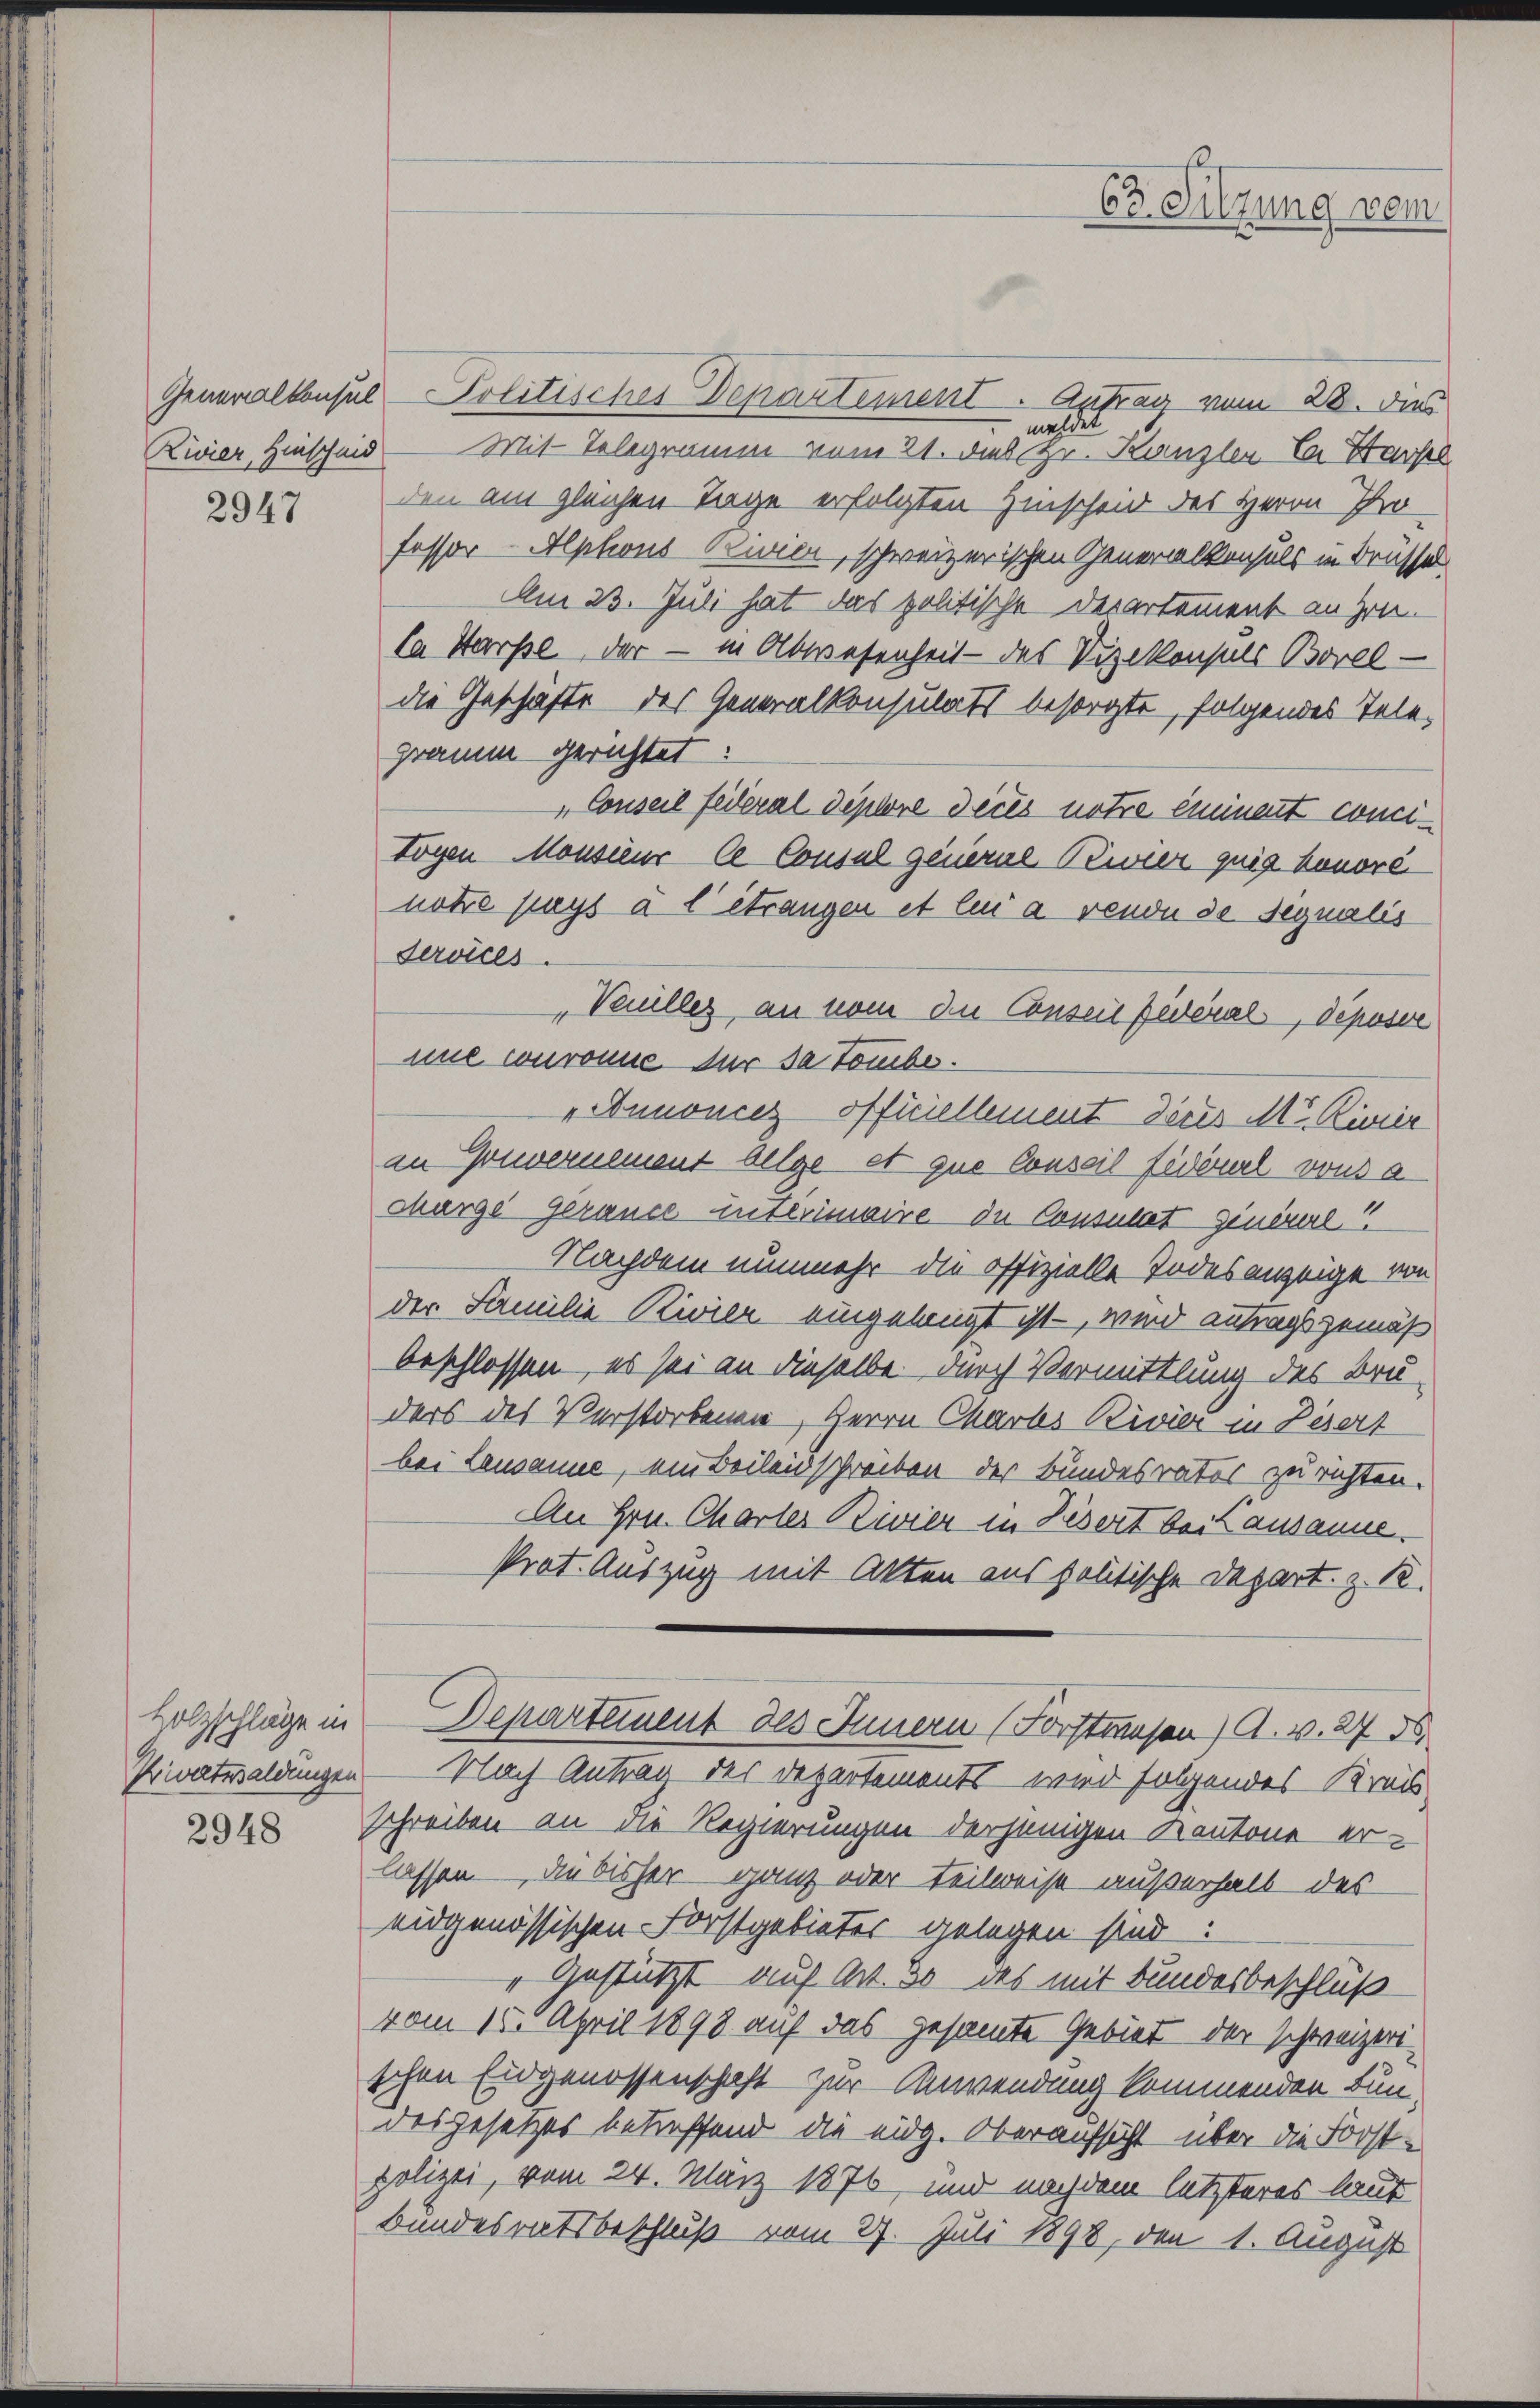
2947

Holzschläge in
Privatwaldungen
2948

Generalkonsul Solitisches Departement. Antrag vom 28. dies
meldet
Rivier Hinscheid — Mit Telegramm vom 21. dieß Hr. Kanzlei  Harp
den am gleichen Tage erfolgten Hinscheid des Herrn Professor Alphons Rivien, schweizerischen Generalkonsuls in Brüssel
Am 23. Juli hat das politische Departement anzen-
Ja Harpe der - in Abwesenheit - des Vizekonsuls Borel —
die Geschäfte des Generalkonsulats besorgte, folgendes Telegramm gerichtet:
„Conseil feileral diplore deces notre einiment conci¬
Logen Monsieur le Consul general Pewier quig honore
notre pays à l’étrangen et le à vende de segualis
Services.
Vanillez an vom den Conseil fédéral, déposere
une consomme der sa tomber.
„Annonces offiellement deres Mit Kimie
an Gouvernement belge et que Conseil fidourt vons a
Marge gerauce unterimaire du Consulat zinererl!
Nachdem nunmehr die offizielle Todesanzeige von
der Familie Rivier eingelangt ist – wird antragsgemäß
beschlossen, es sei an dieselbe durch Vermittlung des Bruders des Verstorbenen, Herrn Chartes Rivier in Desert
bei Lausanne, ein Beileidschreiben der Bundesrates zu richten.
An Hrn. Charter Rivier in Lesert bei Kausanne.
Prot. Auszug mit Akten aus politische Depart. z. R.
Departement des Innern (Forstwesen) A. v. 27 d
Nach Antrag des Departements wird folgendes Kreis
schreiben an die Regierungen derjenigen Kantone erlassen die bisher ganz oder teilweise außerhalb des
eidgenössischen Forstgebieter gelegen sind:
" gestützt auf Art. 30 des mit Bundesbeschlüß
vom 15. April 1898 auf das gesamte Gebiet der schweizerischen Eidgenossenschaft zur Anwendung kommenden Fundesgesetzes betreffend die eidg. Oberaufsicht über die Forst-
polizei, vom 24. März 1876, und nachdem letzteres laut
Bundesratsbeschluß vom 27. Juli 1898, den 1. August

63. Sitzung vom